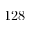
1 2 8